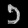
Digit: ၁